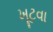
ખૂટવા